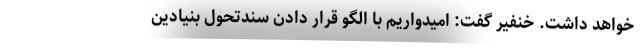
خواهد داشت. خنفیر گفت: امیدواریم با الگو قرار دادن سندتحول بنیادین